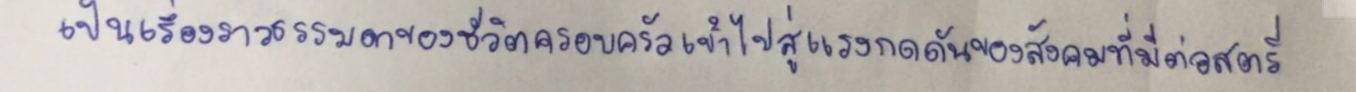
เป็นเรื่องราวธรรมดาของชีวิตครอบครัวเข้าไปสู่แรงกดดันของสังคมที่มีต่อสตรี